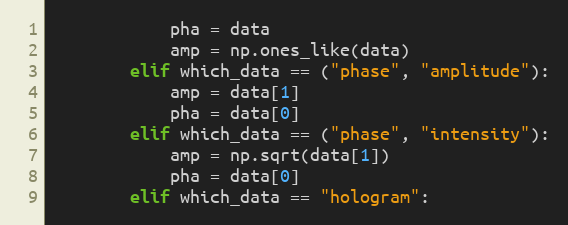
Language: Python
            pha = data
            amp = np.ones_like(data)
        elif which_data == ("phase", "amplitude"):
            amp = data[1]
            pha = data[0]
        elif which_data == ("phase", "intensity"):
            amp = np.sqrt(data[1])
            pha = data[0]
        elif which_data == "hologram":